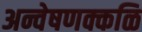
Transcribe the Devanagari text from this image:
अन्वेषणक्कळि